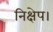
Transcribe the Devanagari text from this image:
निक्षेप।